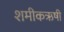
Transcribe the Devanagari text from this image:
शमीकऋषी